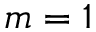
m = 1